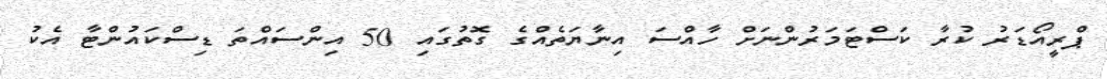
ޕްރީއޯޑަރު ކުރާ ކަސްޓަމަރުންނަށް ހާއްސަ އިނާޔަތެއްގެ ގޮތުގައި 50 އިންސައްތަ ޑިސްކައުންޓާ އެކު